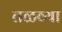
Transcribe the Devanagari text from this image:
तळव्या